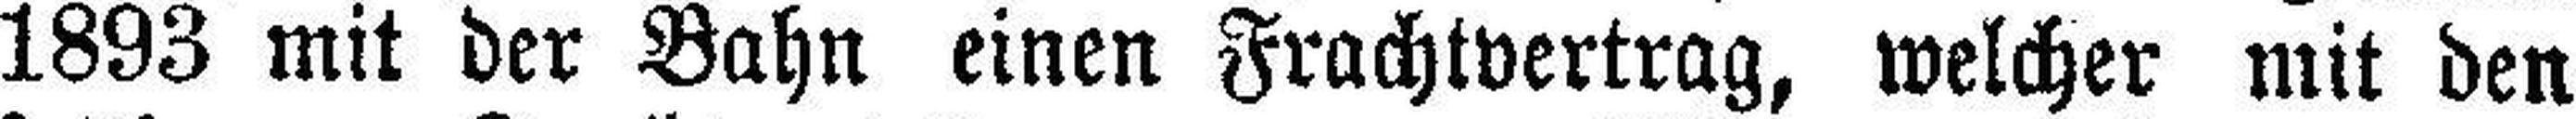
1893 mit der Bahn einen Frachtvertrag, welcher mit den